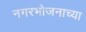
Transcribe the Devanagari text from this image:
नगरभोजनाच्या